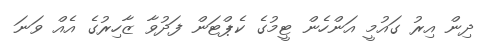
ދިން އިރު ގައުމީ އަންހެން ޓީމުގެ ކެޕްޓަން ފަދުވާ ޒާހިރުގެ އެއް ވަނަ